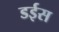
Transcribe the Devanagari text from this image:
डईस